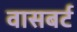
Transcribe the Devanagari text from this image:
वासबर्ट